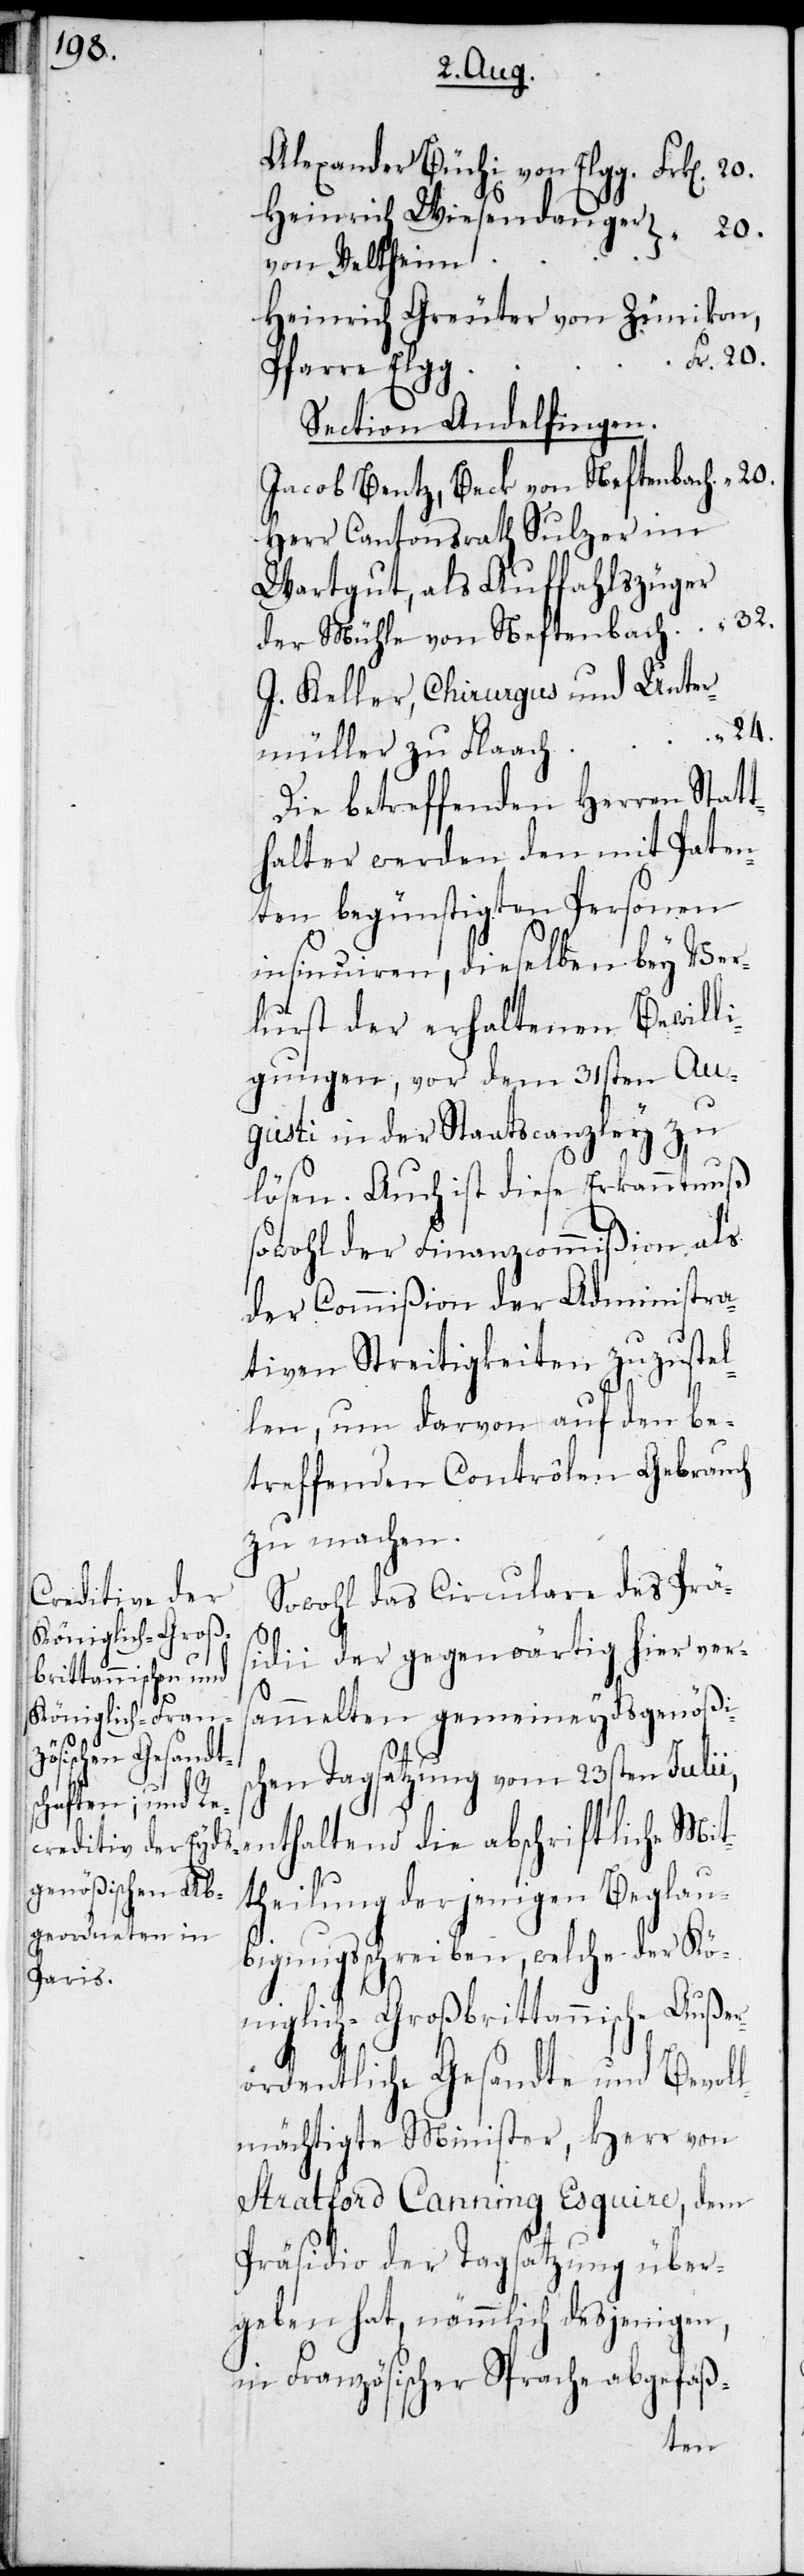
Heinrich Wiesendanger von
h			“
Heinrich Greuter von Zünikon,
20.
Section Andelfingen.
Jacob Bentz, Beck von Neftenac¬
Herr Cantonsrath Sulzer im
Wartgut, als Auffahlszüger
der Mühle von Neftenbach		32.
J. Keller, Chirurgus und Unter¬
24.
müller zu Flaac¬
Die betreffenden Herren Stat¬
thalter werden den mit Paten¬
ten begünstigten Personen
insinuiren, dieselben bey Ver¬
lurst der erhaltenen Bewill¬
igungen, vor dem 31sten Au¬
gusti in der Staatscanzley zu
lösen. Auch ist diese Erkanntnuß
sowohl der Finanzcommißion als
der Commißion der Administra¬
tiven Streitigkeiten zuzustel¬
len, um darvon auf den be¬
treffenden Contrôlen Gebrauch
zu machen.
Sowohl das Circulare des Prä¬
sidii der gegenwärtig hier vers¬
ammelten gemeineydsgenößis¬
chen Tagsatzung vom 23sten Julii,
enthaltend die abschriftliche Mit¬
theilung derjenigen Beglau¬
bigungsschreiben, welche der Kö¬
niglich-Großbrittannische außer¬
ordentliche Gesandte und bevol¬
lmächtigte Minister, Herr von
Stratford Canning Esquire, dem
Präsidio der Tagsatzung über¬
geben hat, nämmlich desjenigen,
in Französischer Sprache abgefaß-